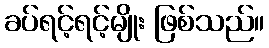
ခပ်ရင့်ရင့်မျိုး ဖြစ်သည်။